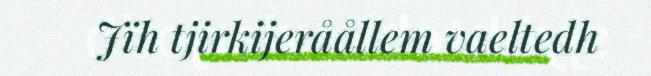
Jïh tjirkijeråållem vaeltedh